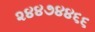
૨૪૪૭૪૪૬૬